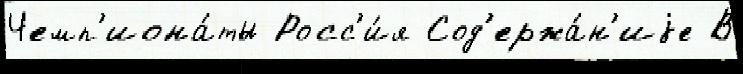
Чемп'иона́ты Росс'и́я Сод'ержа́н'иjе В